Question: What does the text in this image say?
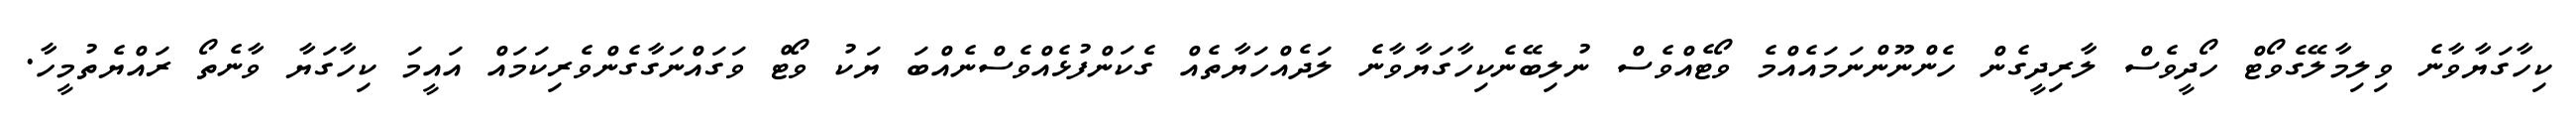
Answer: ކިހާގަޔާވާނެ ވިލިމާލޭގެވޯޓް ހޯދީވެސް ލާރިދީގެން ހެންނޫންނަމައެއްމެ ވޯޓެއްވެސް ނުލިބޭނެކިހާގަޔާވާނެ ލަދެއްހަޔާތެއް ގެކަންފުޅެއްވެސްނެއްބަ ޔަކު ވޯޓް ވަގައްނަގާގެންވެރިކަމައް އައީމަ ކިހާގަޔާ ވާނެތޯ ރައްޔެތުމީހާ.